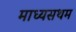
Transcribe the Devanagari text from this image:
माध्यसथम